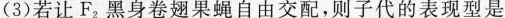
(3)若让F_{2}黑身卷翅果蝇自由交配，则子代的表现型是